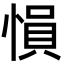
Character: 愪